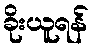
ခိုးယူရန်